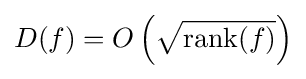
D(f)=O\left({\sqrt {\operatorname {rank} (f)}}\right)